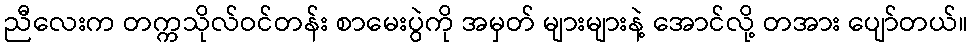
ညီလေးက တက္ကသိုလ်ဝင်တန်း စာမေးပွဲကို အမှတ် များများနဲ့ အောင်လို့ တအား ပျော်တယ်။